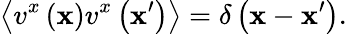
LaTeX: \left\langle v^{x}\left(\mathbf{x}\right)v^{x}\left(\mathbf{x}^{\prime}\right)\right\rangle=\delta\left(\mathbf{x}-\mathbf{x}^{\prime}\right).